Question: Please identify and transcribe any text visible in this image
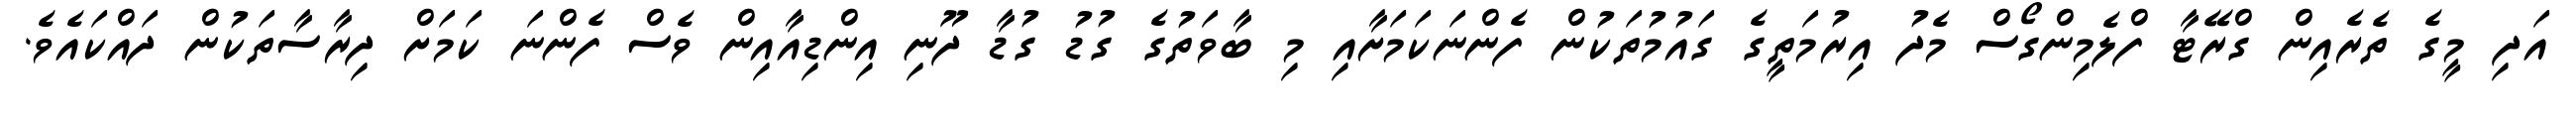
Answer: އަދި މީގެ ތެރެއިން ގްރޭޓާ ފްލެމިންގޯސް މެދު އިރުމަތީގެ ގައުމުތަކުން ފެންނަކަމަށާއި މި ބާވަތުގެ ގުޑު ގުޑާ ދޫނި އިންޑިއާއިން ވެސް ފެންނަ ކަމަށް ދިރާސާތަކުން ދައްކައެވެ.